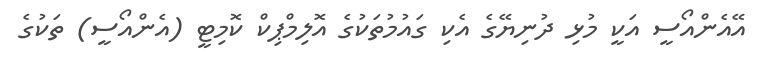
އޭއެންއޯސީ އަކީ މުޅި ދުނިޔޭގެ އެކި ގައުމުތަކުގެ އޮލިމްޕިކް ކޮމިޓީ (އެންއޯސީ) ތަކުގެ